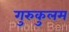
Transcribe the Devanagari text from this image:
गुरुकुलम